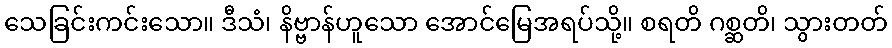
သေခြင်းကင်းသော။ ဒီသံ၊ နိဗ္ဗာန်ဟူသော အောင်မြေအရပ်သို့။ စရတိ ဂစ္ဆတိ၊ သွားတတ်